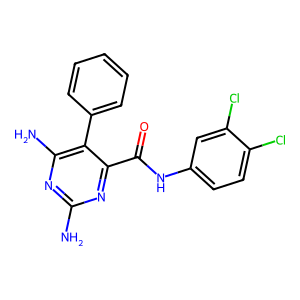
SMILES: Nc1nc(N)c(-c2ccccc2)c(C(=O)Nc2ccc(Cl)c(Cl)c2)n1
Inhibits HIV replication: No